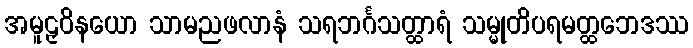
အမူဠှဝိနယော သာမညဖလာနံ သရဘင်္ဂသတ္ထာရံ သမ္မုတိပရမတ္ထဘေဒဿ